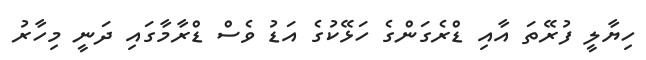
ހިޔާލީ ފުރޭތަ އާއި ޑްރެގަންގެ ހަޅޭކުގެ އަޑު ވެސް ޑްރާމާގައި ދަނީ މިހާރު